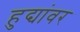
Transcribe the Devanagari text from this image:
हुद्यांवर